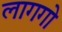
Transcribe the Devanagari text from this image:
लागगो